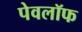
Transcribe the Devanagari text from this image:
पेवलॉफ